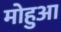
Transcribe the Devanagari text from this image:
मोहुआ